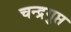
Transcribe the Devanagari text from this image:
चन्द्रगुप्त